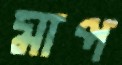
মাপ